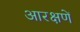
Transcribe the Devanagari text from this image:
आरक्षणें